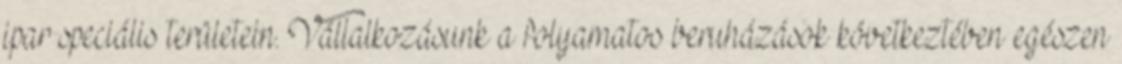
ipar speciális területein. Vállalkozásunk a folyamatos beruházások következtében egészen